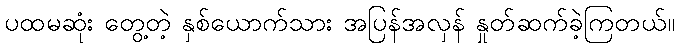
ပထမဆုံး တွေ့တဲ့ နှစ်ယောက်သား အပြန်အလှန် နှုတ်ဆက်ခဲ့ကြတယ်။